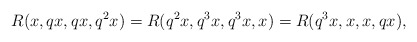
\begin{align*} R(x, qx, qx, q^{2}x)=R(q^{2}x, q^{3}x, q^{3}x, x)=R(q^{3}x, x, x, qx), \end{align*}